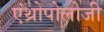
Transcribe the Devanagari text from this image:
एंथ्रोपोलोजी